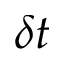
\delta t